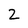
Character: 2